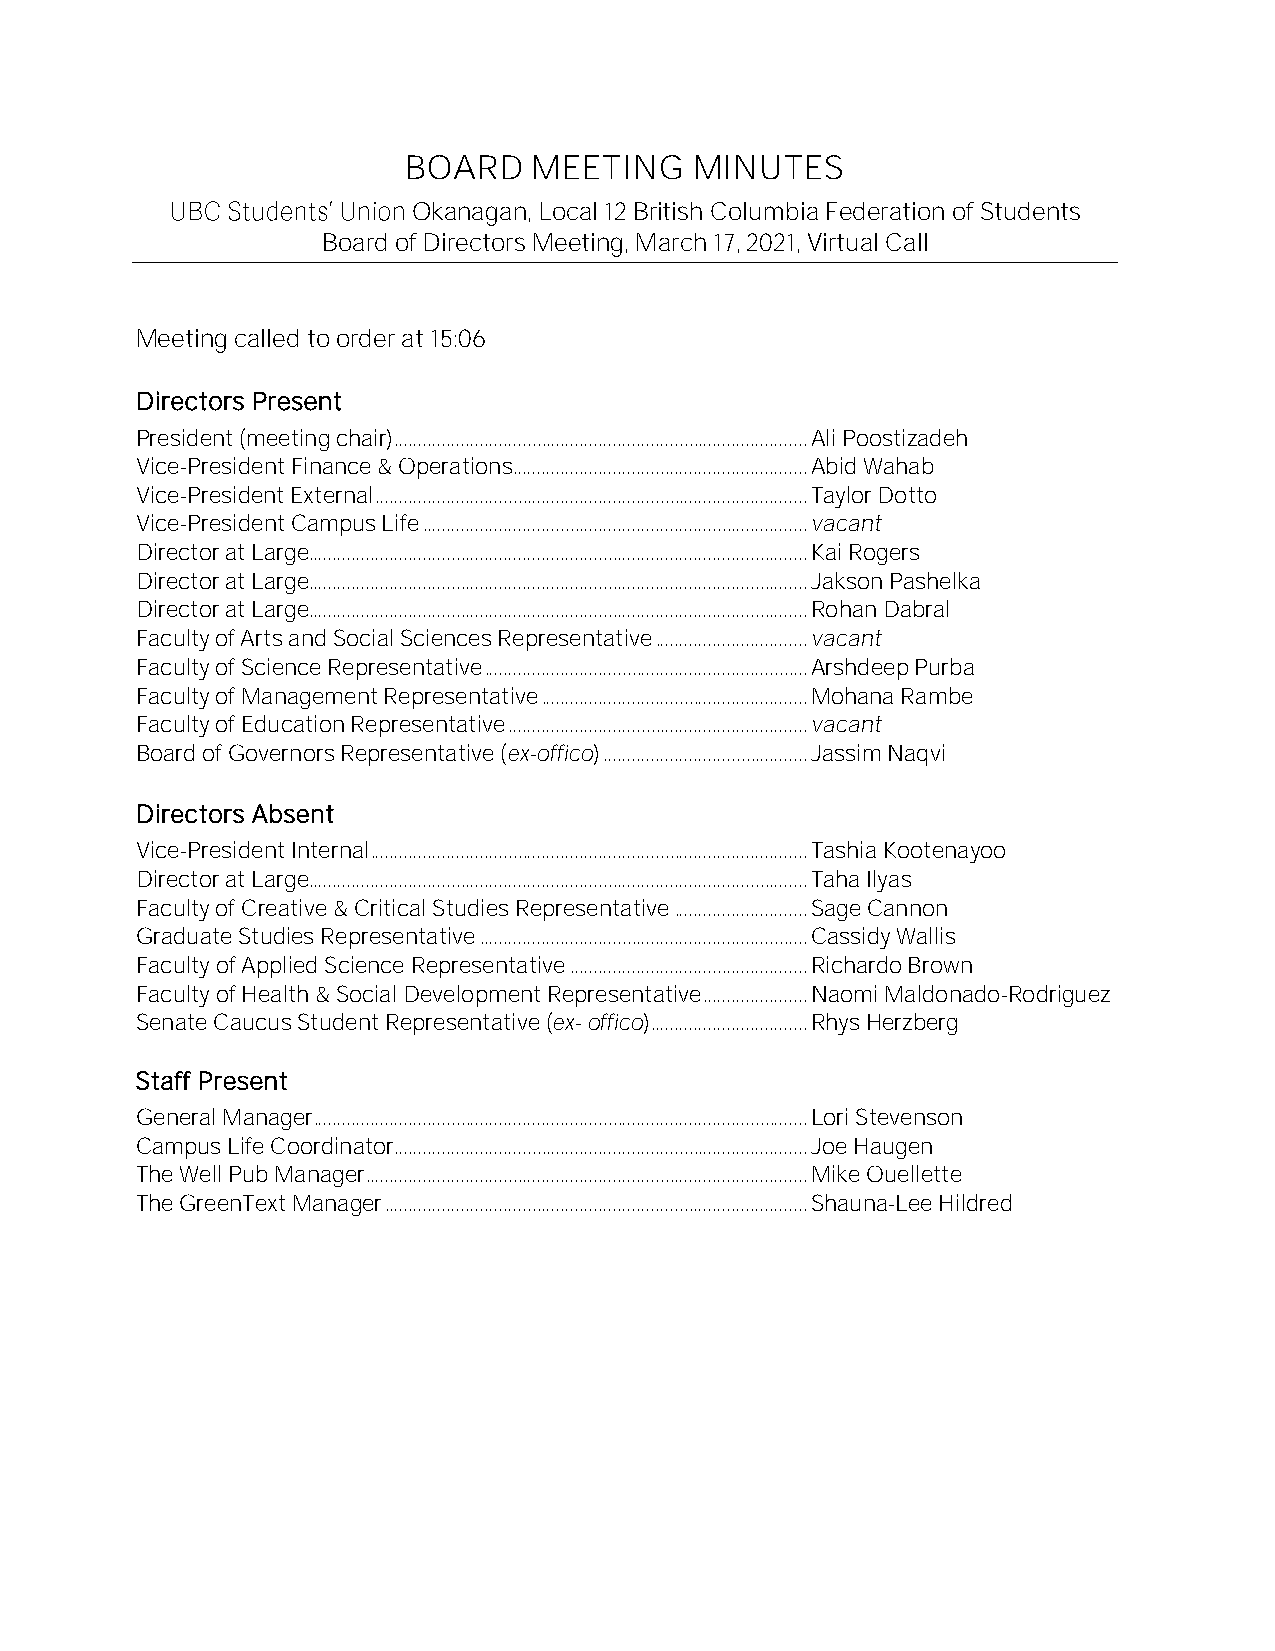
BOARD   MEETING    MINUTES
 Okanagan, Local 12 British Columbia Federation of Students
 Board of Directors Meeting, March 17, 2021, Virtual Call
 Meeting called to order at 15:06
 Directors Present
 President (meeting chair) ....................................................................................... Ali Poostizadeh
 Vice-President Finance & Operations .............................................................. Abid Wahab
 Vice-President External ........................................................................................... Taylor Dotto
 Vice-President Campus Life ................................................................................. vacant
 Director at Large......................................................................................................... Kai Rogers
 Director at Large......................................................................................................... Jakson Pashelka
 Director at Large......................................................................................................... Rohan Dabral
 Faculty of Arts and Social Sciences Representative ................................ vacant
 Faculty of Science Representative .................................................................... Arshdeep Purba
 Faculty of Management Representative ........................................................ Mohana Rambe
 Faculty of Education Representative ............................................................... vacant
 Board of Governors Representative (ex-offico) ........................................... Jassim Naqvi
 Directors Absent
 Vice-President Internal ............................................................................................ Tashia Kootenayoo
 Director at Large......................................................................................................... Taha Ilyas
 Faculty of Creative & Critical Studies Representative ............................ Sage Cannon
 Graduate Studies Representative ..................................................................... Cassidy Wallis
 Faculty of Applied Science Representative .................................................. Richardo Brown
 Faculty of Health & Social Development Representative ...................... Naomi Maldonado-Rodriguez
 Senate Caucus Student Representative (ex- offico) ................................. Rhys Herzberg
 Staff Present
 General Manager ........................................................................................................ Lori Stevenson
 Campus Life Coordinator ....................................................................................... Joe Haugen
 The Well Pub Manager ............................................................................................. Mike Ouellette
 The GreenText Manager ......................................................................................... Shauna-Lee Hildred